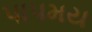
પાપમય